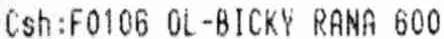
CSH:F0106 OL-BICKY RANA 600